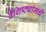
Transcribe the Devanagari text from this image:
वैशिष्ट्यांमधे